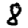
Digit: 8